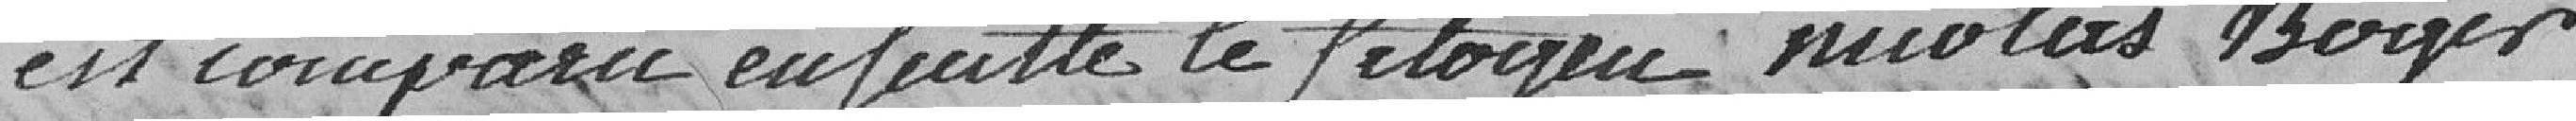
est comparu ensemble le citoyen Nicolas Boger